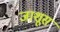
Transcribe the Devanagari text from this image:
जाशूस